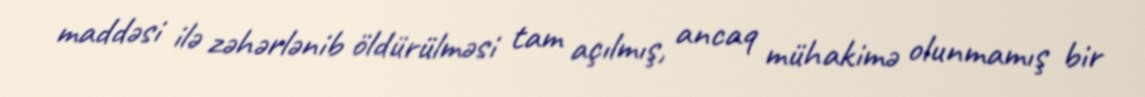
maddəsi ilə zəhərlənib öldürülməsi tam açılmış, ancaq mühakimə olunmamış bir